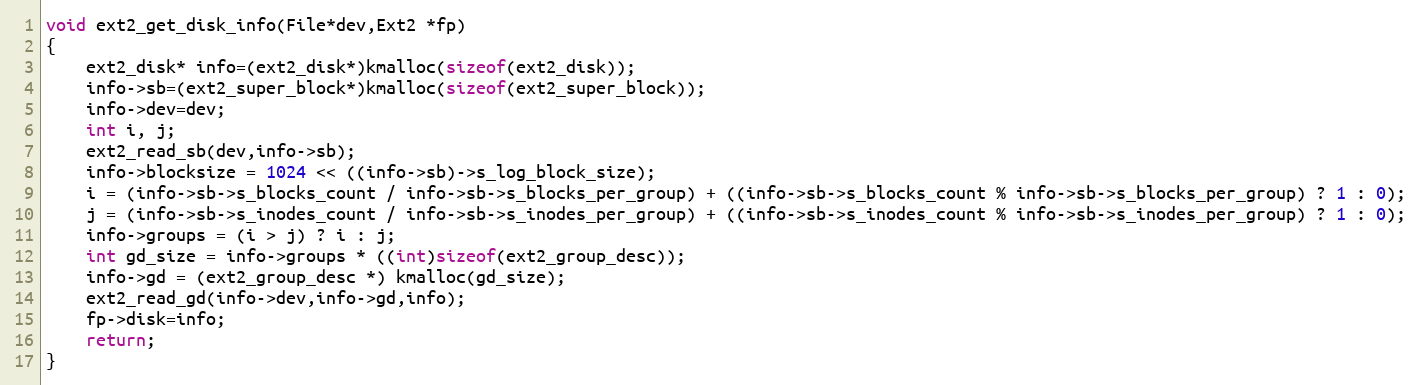
Language: C++
void ext2_get_disk_info(File*dev,Ext2 *fp)
{
	ext2_disk* info=(ext2_disk*)kmalloc(sizeof(ext2_disk));
	info->sb=(ext2_super_block*)kmalloc(sizeof(ext2_super_block));
	info->dev=dev;
	int i, j;
	ext2_read_sb(dev,info->sb);
	info->blocksize = 1024 << ((info->sb)->s_log_block_size);
	i = (info->sb->s_blocks_count / info->sb->s_blocks_per_group) + ((info->sb->s_blocks_count % info->sb->s_blocks_per_group) ? 1 : 0);
	j = (info->sb->s_inodes_count / info->sb->s_inodes_per_group) + ((info->sb->s_inodes_count % info->sb->s_inodes_per_group) ? 1 : 0);
	info->groups = (i > j) ? i : j;
	int gd_size = info->groups * ((int)sizeof(ext2_group_desc));
	info->gd = (ext2_group_desc *) kmalloc(gd_size);
	ext2_read_gd(info->dev,info->gd,info);
	fp->disk=info;
	return;
}